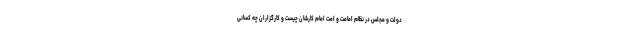
دولت و مجلس در نظام امامت و امت امام کارشان چیست و کارگزاران چه کسانی